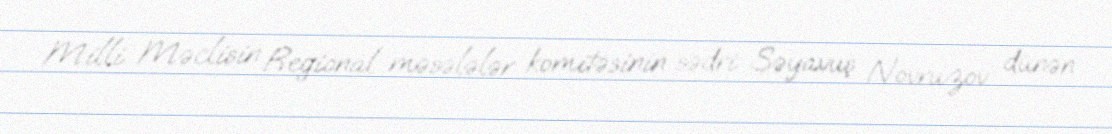
Milli Məclisin Regional məsələlər komitəsinin sədri Səyavuş Novruzov dünən